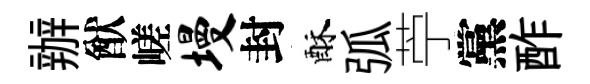
辦猷嵯墁封酥弧苧黨酢